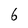
Character: 6